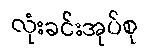
လုံးခင်းအုပ်စု